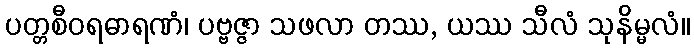
ပတ္တစီဝရဓာရဏံ၊ ပဗ္ဗဇ္ဇာ သဖလာ တဿ, ယဿ သီလံ သုနိမ္မလံ။